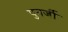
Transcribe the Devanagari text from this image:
पुनर्जी